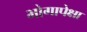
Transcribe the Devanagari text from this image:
भोगापेक्षा